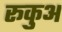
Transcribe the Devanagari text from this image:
रूकुअ